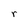
Character: r